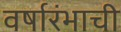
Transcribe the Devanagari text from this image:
वर्षारंभाची